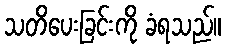
သတိပေးခြင်းကို ခံရသည်။